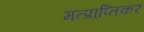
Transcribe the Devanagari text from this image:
मत्प्राप्तिकर